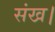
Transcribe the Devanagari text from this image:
संख।